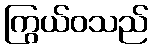
ကြွယ်ဝသည်